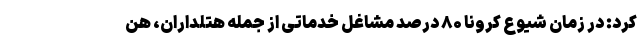
کرد: در زمان شیوع کرونا ۸۰ درصد مشاغل خدماتی از جمله هتلداران، هن